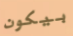
بيكون